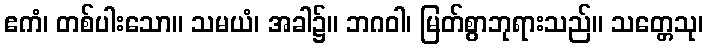
ဧကံ၊ တစ်ပါးသော။ သမယံ၊ အခါ၌။ ဘဂဝါ၊ မြတ်စွာဘုရားသည်။ သတ္တေသု၊